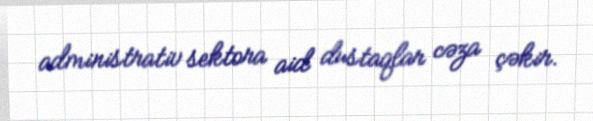
administrativ sektora aid dustaqlar cəza çəkir.